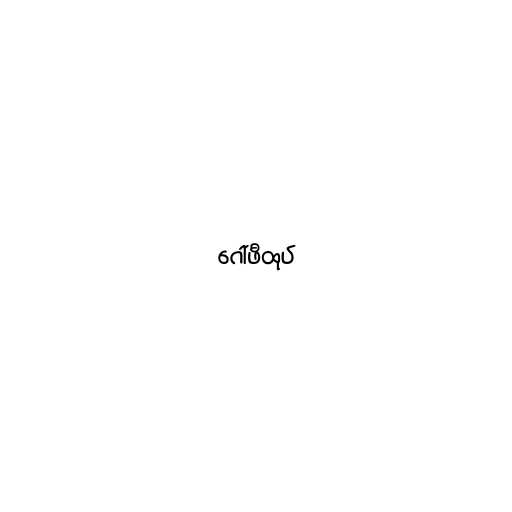
ဂေါ်ဖီထုပ်